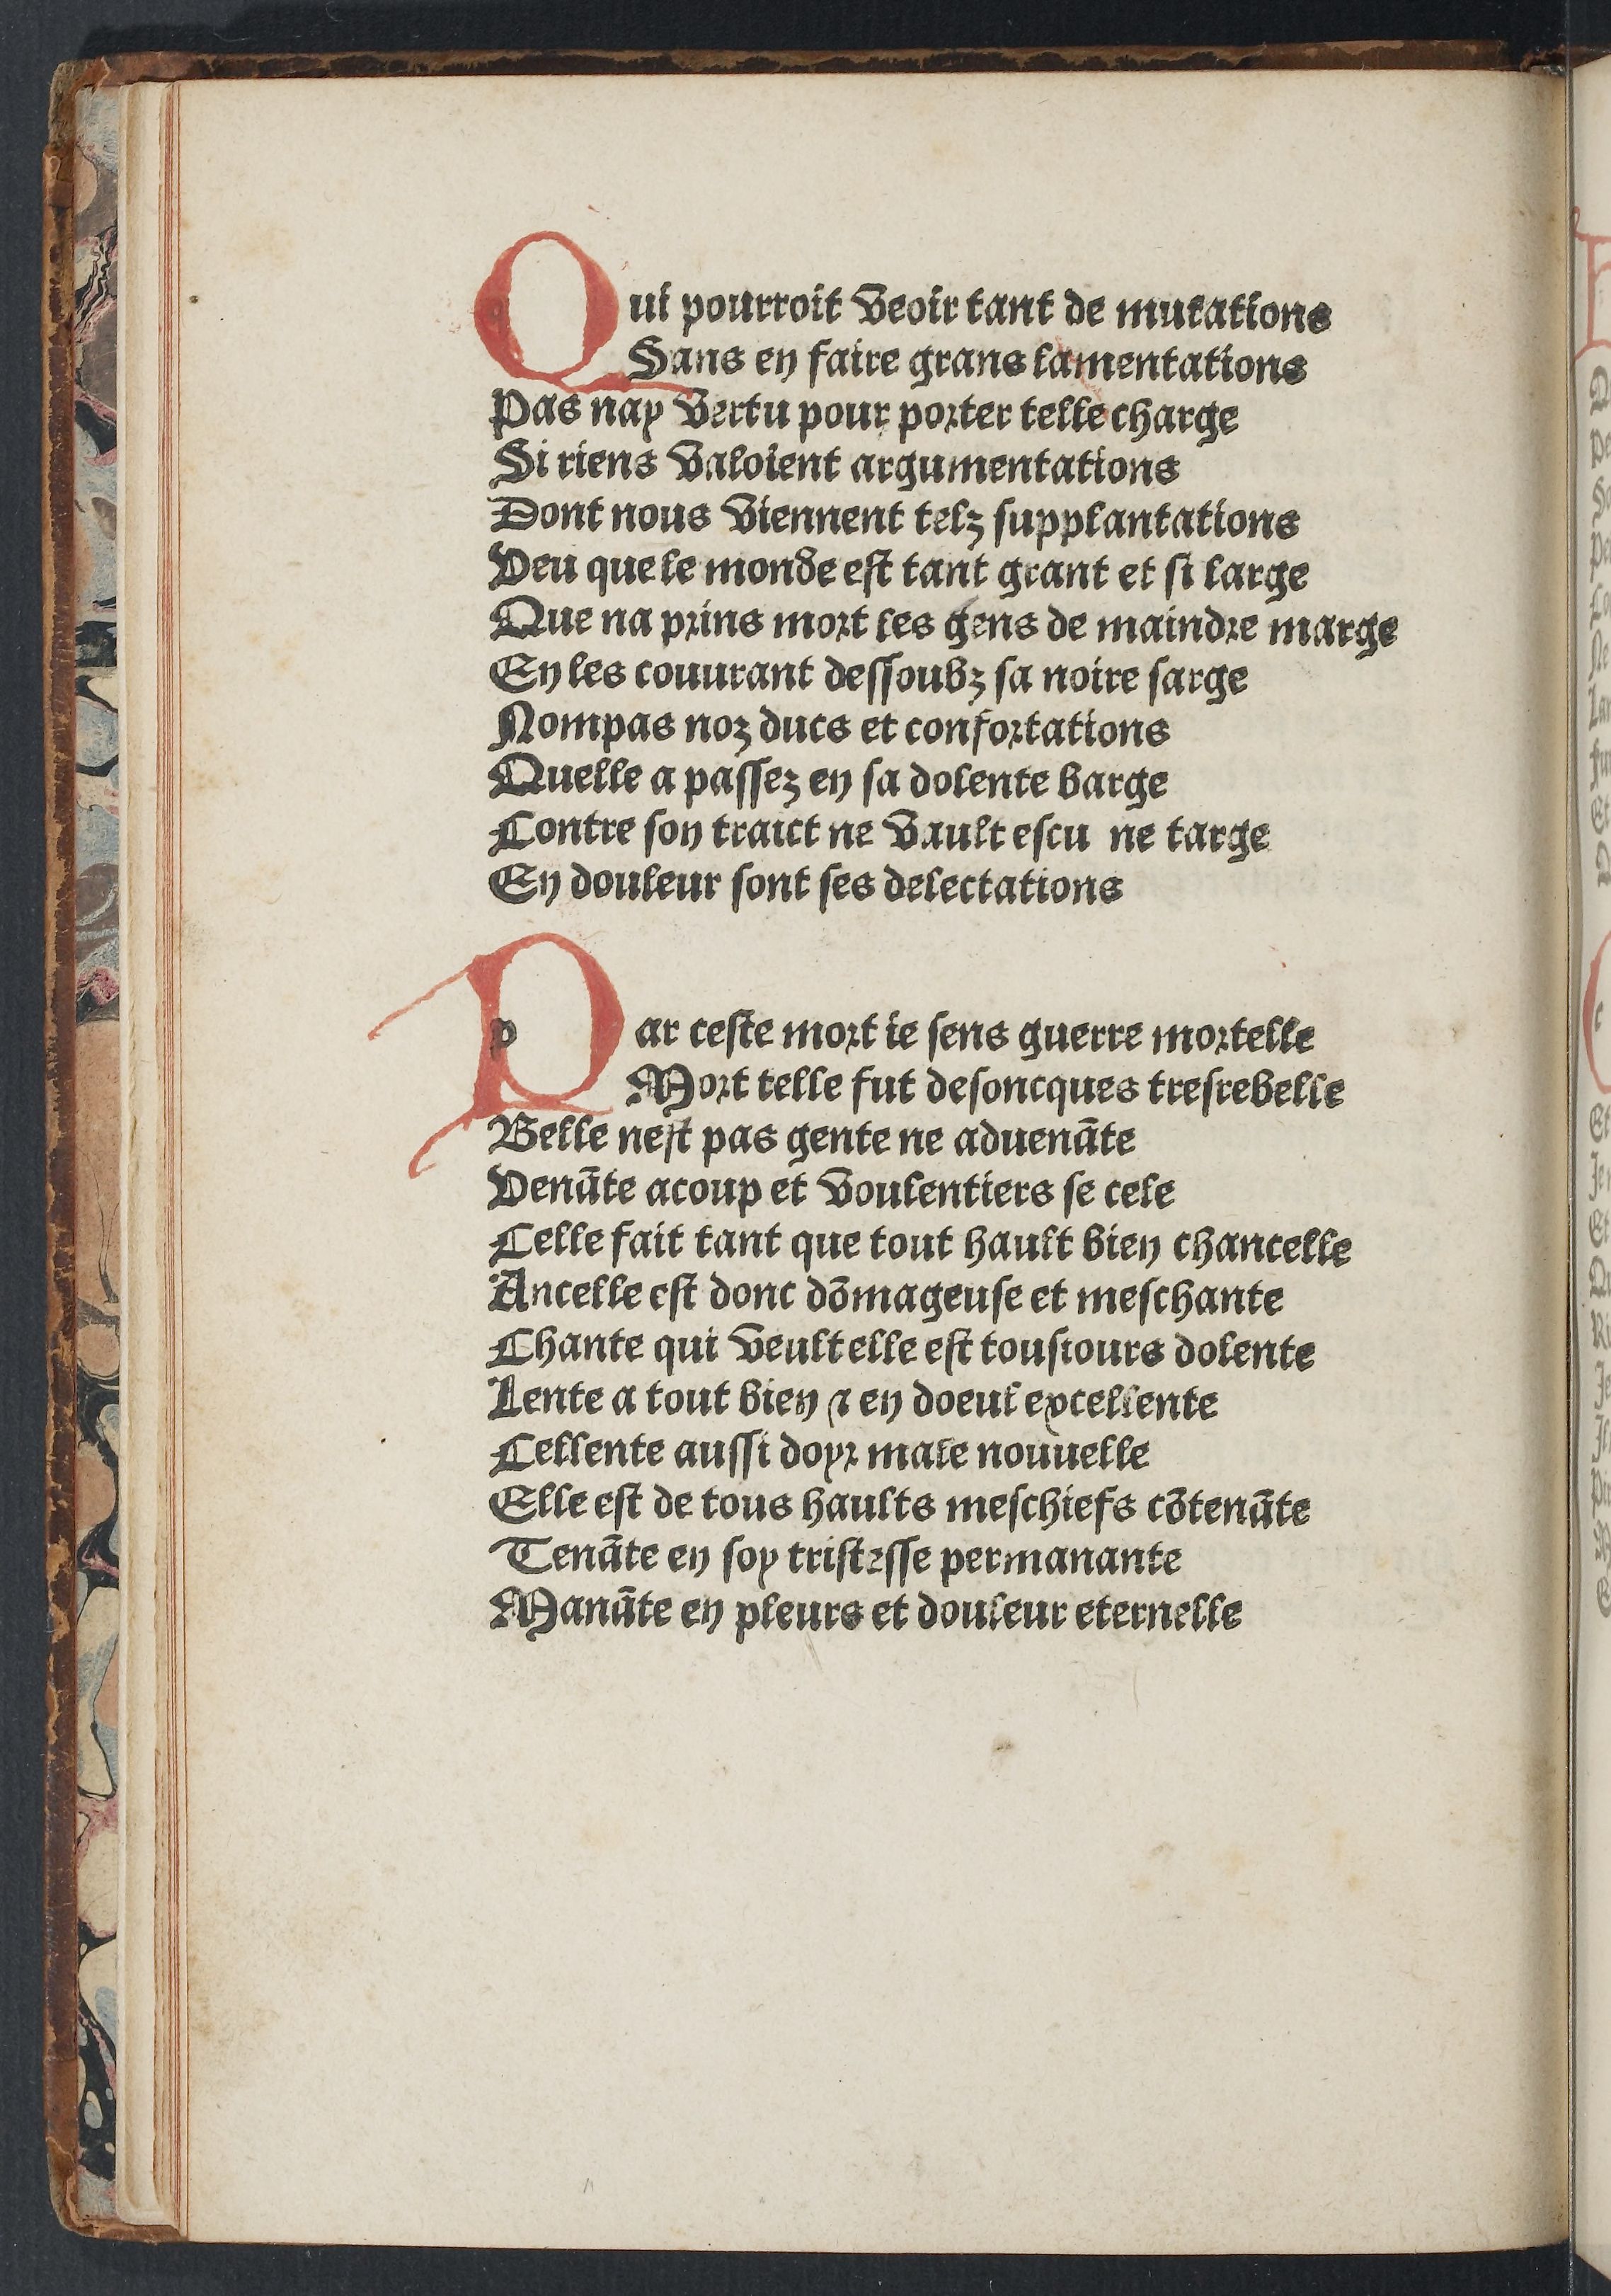
Shelfmark: Paris, BnF, Rés. YE-281
Century: 15